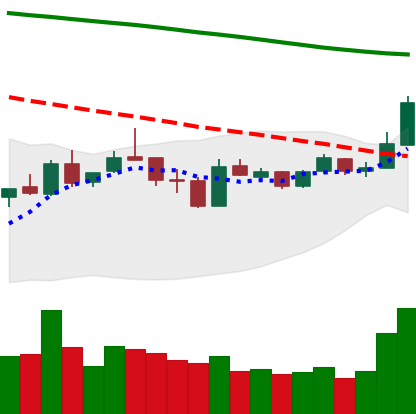
Ticker: LTC-USD
Chart end date: 2019-01-06
Forward return: -17.739%
Label: down_7plus